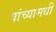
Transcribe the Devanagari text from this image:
यांच्यामधी